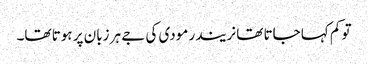
تو کم کہا جاتا تھا نریندر مودی کی جے ہر زبان پر ہوتا تھا۔